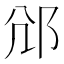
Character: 𨚂